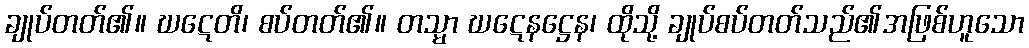
ချုပ်တတ်၏။ ဃဋေတိ၊ စပ်တတ်၏။ တသ္မာ ဃဋေနဋ္ဌေန၊ ထိုသို့ ချုပ်စပ်တတ်သည်၏အဖြစ်ဟူသော